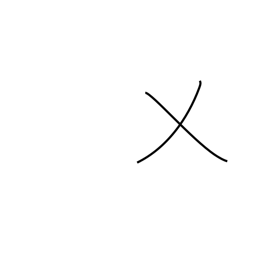
Meaning: cut grass